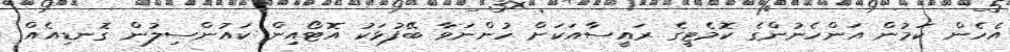
އެހެން ކަމުން އަންހެނުންގެ ކޮމެޓީގެ ރައީސާއަކަށް ހުންނަވާ ބޭފުޅަކު އޮޓޯއިން ކައުންސިލުން ގޮނޑިއެއް